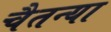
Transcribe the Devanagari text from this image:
चैतन्या